Madras plague regulations and rules for the city of Madras
Disease focus: Plague
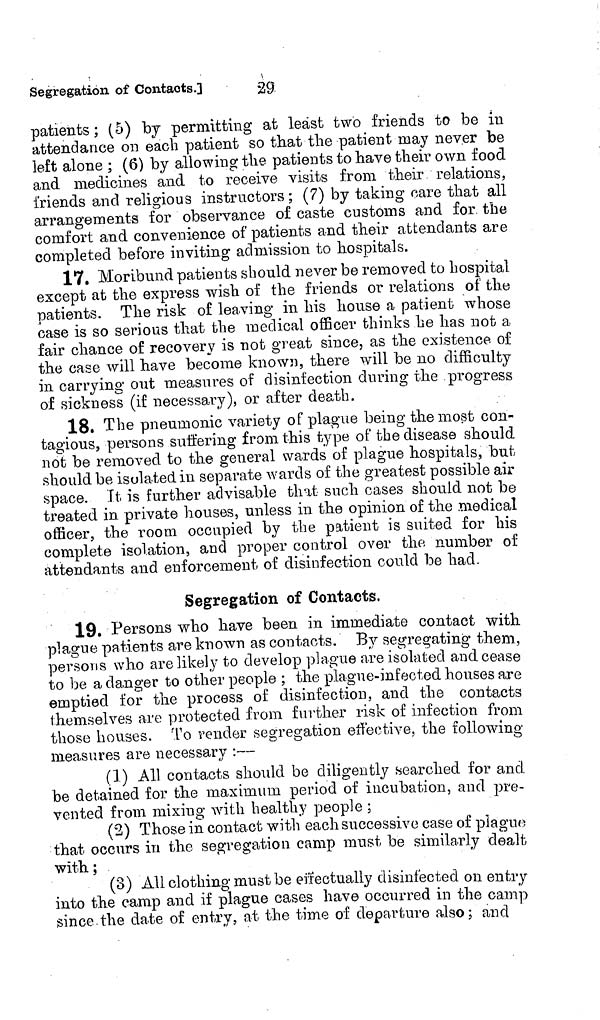
' •
Segregation of Contacts.]
29
patients; (5) by permitting at least two friends to be in
attendance on each patient so that the patient may never be
left alone ; (6) by allowing the patients to have their own food
and medicines and to receive visits from their relations,
friends and religious instructors; (7) by taking care that all
arrangements for observance of caste customs and for the
comfort and convenience of patients and their attendants are
completed before inviting admission to hospitals.
17. Moribund patients should never be removed to hospital
except at the express wish of the friends or relations of the
patients. The risk of leaving in his house a patient whose
case is so serious that the medical officer thinks he has not a
fair chance of recovery is not great since, as the existence of
the case will have become know)), there will be no difficulty
in carrying out measures of disinfection during the progress
of sickness (if necessary), or after death,
18. The pneumonic variety of plague being the most con-
tagious, persons suffering from this type of the disease should
not be removed to the general wards of plague hospitals, but
should be isolated in separate wards of the greatest possible air
space. It is further advisable that such cases should not be
treated in private houses, unless in the opinion of the medical
officer, the room occupied by the patient is suited for his
complete isolation, and proper control over the number of
attendants and enforcement of disinfection could be had.
Segregation of Contacts.
19. Persons who have been in immediate contact with
plague patients are known as contacts. By segregating them,
persons who are likely to develop plague are isolated and cease
to be a danger to other people ; the plague-infected houses are
emptied for the process of disinfection, and the contacts
themselves are protected from further risk of infection from
those houses. To render segregation effective, the following
measures are necessary :—
(1) All contacts should be diligently searched for and
be detained for the maximum period of incubation, and pre-
vented from mixing with healthy people ;
(2) Those in contact with each successive case of plague
that occurs in the segregation camp must be similarly dealt
with ;
(3) All clothing must be effectually disinfected on entry
into the camp and if plague cases have occurred in the camp
since the date of entry, at the time of departure also ; and